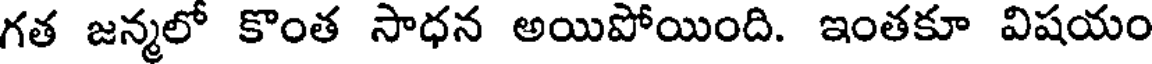
గత జన్మలో కొంత సాధన అయిపోయింది. ఇంతకూ విషయం